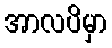
အာလပိမှာ